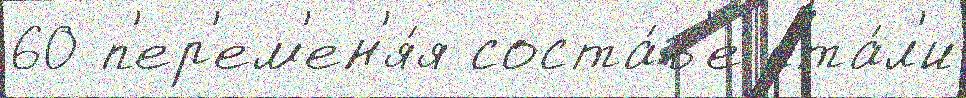
60 п'ер'ем'ен'я́я соста́в'е ста́л'и